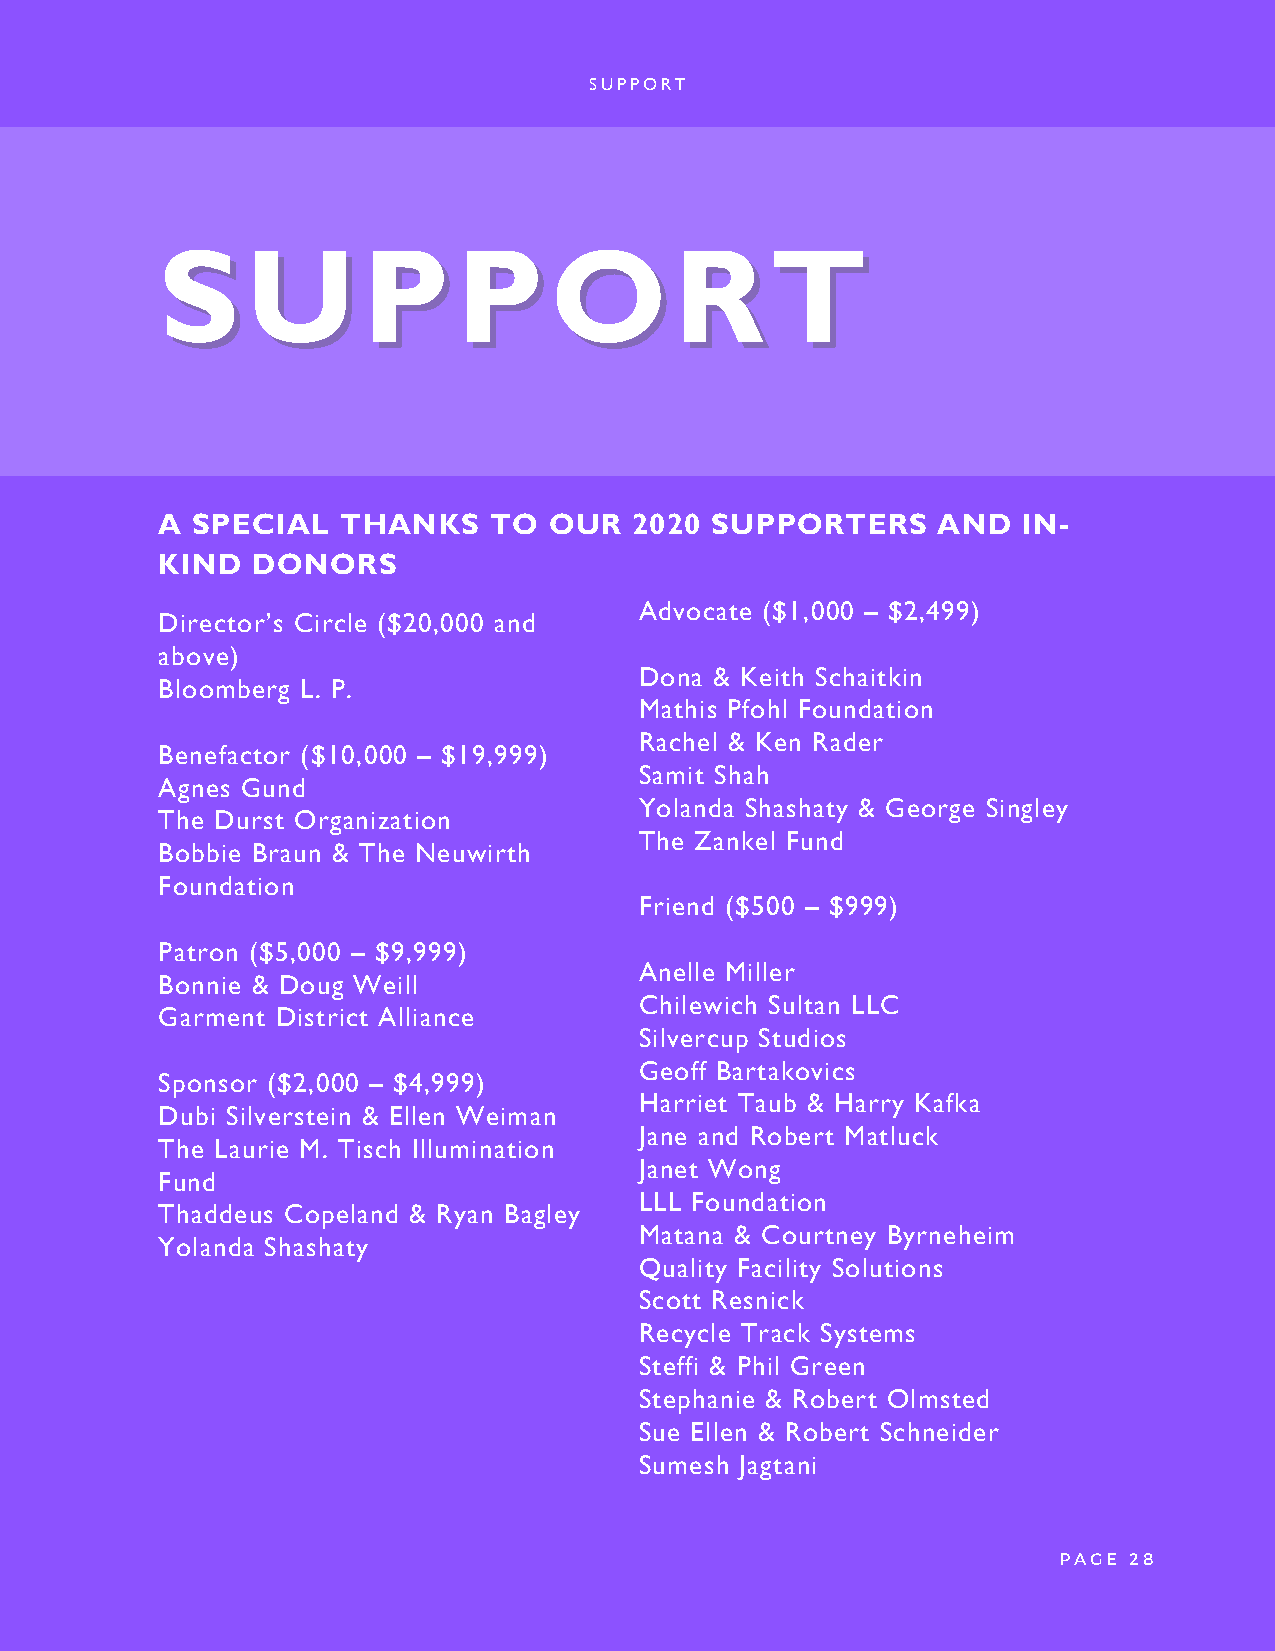
SUPPORT
 SSUUPPPPOORRTT
 A  SPECIAL   THANKS   TO  OUR   2020 SUPPORTERS     AND   IN-
 KIND   DONORS
 Advocate ($1,000 – $2,499)
 Director’s Circle ($20,000 and
 above)
 Dona & Keith Schaitkin
 Bloomberg L. P.
 Mathis Pfohl Foundation
 Rachel & Ken Rader
 Benefactor ($10,000 – $19,999)
 Samit Shah
 Agnes Gund
 Yolanda Shashaty & George Singley
 The Durst Organization
 The Zankel Fund
 Bobbie Braun & The Neuwirth
 Foundation
 Friend ($500 – $999)
 Patron ($5,000 – $9,999)
 Anelle Miller
 Bonnie & Doug Weill
 Chilewich Sultan LLC
 Garment District Alliance
 Silvercup Studios
 Geoff Bartakovics
 Sponsor ($2,000 – $4,999)
 Harriet Taub & Harry Kafka
 Dubi Silverstein & Ellen Weiman
 Jane and Robert Matluck
 The Laurie M. Tisch Illumination
 Janet Wong
 Fund
 LLL Foundation
 Thaddeus Copeland & Ryan Bagley
 Matana & Courtney Byrneheim
 Yolanda Shashaty
 Quality Facility Solutions
 Scott Resnick
 Recycle Track Systems
 Steffi & Phil Green
 Stephanie & Robert Olmsted
 Sue Ellen & Robert Schneider
 Sumesh Jagtani
 PAGE 28